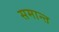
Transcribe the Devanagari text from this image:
समान्त